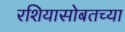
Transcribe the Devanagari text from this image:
रशियासोबतच्या